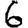
Digit: 6